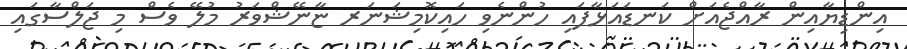
އިންޑިޔާއިން ރާއްޖެއަށް ކަނޑައަޅާފައި ހުންނެވި ހައިކޮމިޝަނަރ ޏާނޭޝްވަރު މުލޭ ވެސް މި ޖަލްސާގައި